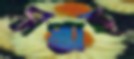
সপ্তাহ